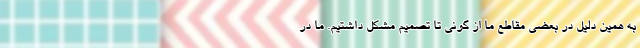
به همین دلیل در بعضی مقاطع ما از گونی تا تصمیم مشکل داشتیم. ما در